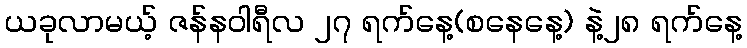
ယခုလာမယ့် ဇန်နဝါရီလ ၂၇ ရက်နေ့(စနေနေ့) နဲ့၂၈ ရက်နေ့